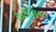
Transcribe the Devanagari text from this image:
फ़ैलैंजियल